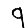
Digit: 9